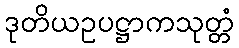
ဒုတိယဥပဋ္ဌာကသုတ္တံ